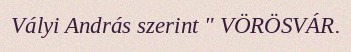
Vályi András szerint " VÖRÖSVÁR.